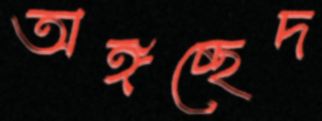
অঙ্গচ্ছেদ